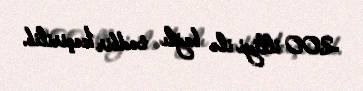
200 illiyi ilə bağlı tədbir keçirilib.